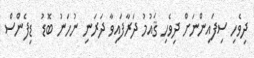
ދިވެހި ސިފައިންނަށް ދިވެހި ޤައުމު ދަރާފައިވާ ދަރަނި ނުހަނު ބޮޑު  ޑިފެންސް